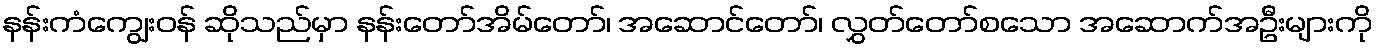
နန်းကံကျွေးဝန် ဆိုသည်မှာ နန်းတော်အိမ်တော်၊ အဆောင်တော်၊ လွှတ်တော်စသော အဆောက်အဦးများကို